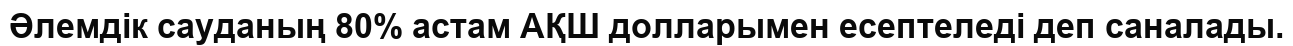
Әлемдік сауданың 80% астам АҚШ долларымен есептеледі деп саналады.